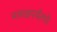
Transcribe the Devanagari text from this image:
मगधापर्यंतचे